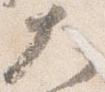
大